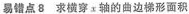
易错点8 求横穿x轴的曲边梯形面积